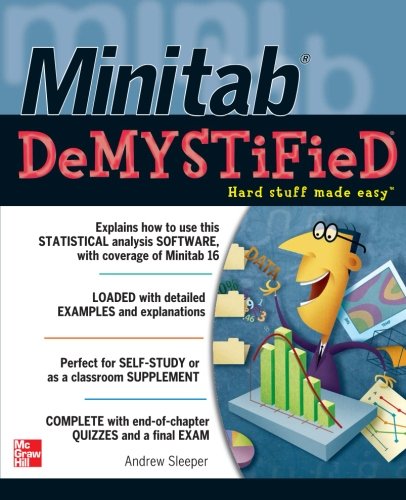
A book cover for Minitab Demystified; Andrew Sleeper; Computers & Technology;